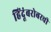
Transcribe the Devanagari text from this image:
हिंदूंबरोबरची